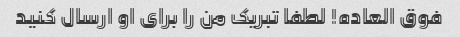
فوق العاده! لطفا تبریک من را برای او ارسال کنید